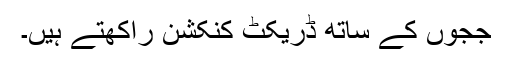
ججوں کے ساتھ ڈریکٹ کنکشن راکھتے ہیں۔